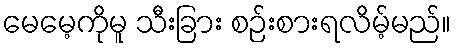
မေမေ့ကိုမူ သီးခြား စဉ်းစားရလိမ့်မည်။